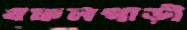
বফলগাড়ী